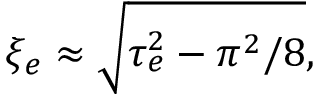
\xi _ { e } \approx \sqrt { \tau _ { e } ^ { 2 } - \pi ^ { 2 } / 8 } ,